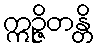
ဣဉ္ဇိတန္တိ